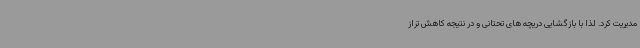
مدیریت کرد. لذا با بازگشایی دریچه های تحتانی و در نتیجه کاهش تراز